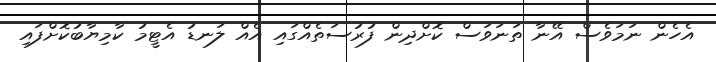
އެހެން ނަމަވެސް އޭނާ ތަނަވަސް ކޮށްދިން ފުރުސަތެއްގައި އެއް ލަނޑު އެޓީމު ކާމިޔާބުކޮށްފައި